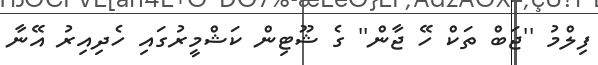
ފިލްމު ''ޖަބް ތަކް ހޭ ޖާން'' ގެ ޝޫޓިން ކަޝްމީރުގައި ހެދިއިރު އޭނާ